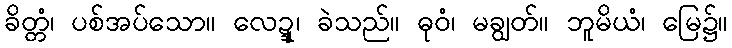
ခိတ္တံ၊ ပစ်အပ်သော။ လေဍ္ဍု၊ ခဲသည်။ ဓုဝံ၊ မချွတ်။ ဘူမိယံ၊ မြေ၌။